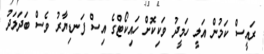
ރައީސް ކަމުން އަލީ ހަމީދު ވަކިކޮށް ހައިކޯޓްގެ އިސް ފަނޑިޔާރު ވެސް ބަދަލަދު